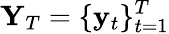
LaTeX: \mathbf{Y}_{T}=\{ \mathbf{y}_{t}\} _{t=1}^{T}